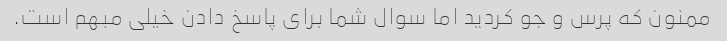
ممنون که پرس و جو کردید اما سوال شما برای پاسخ دادن خیلی مبهم است.